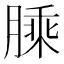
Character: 𦟇